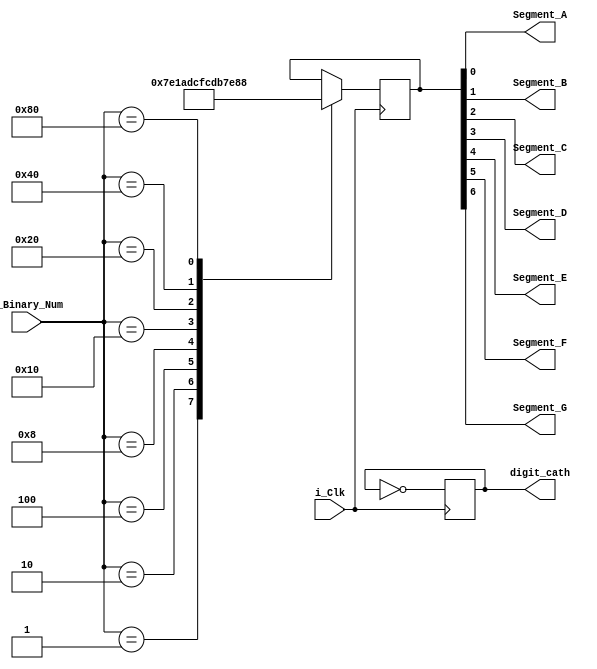
module Binary_To_7Segments
  (
   input       i_Clk,
   input [7:0] i_Binary_Num,
   output      Segment_A,
   output      Segment_B,
   output      Segment_C,
   output      Segment_D,
   output      Segment_E,
   output      Segment_F,
   output      Segment_G,
   output [0:0] digit_cath
   );
 
  reg [6:0]    Hex_Encoding = 7'h00;
   
  // Purpose: Creates a case statement for all possible input binary numbers.
  // Drives Hex_Encoding appropriately for each input combination.
  always @(posedge i_Clk)
    begin
      case (i_Binary_Num)
        8'b00000001 : Hex_Encoding <= 7'h3f;//0
        8'b00000010 : Hex_Encoding <= 7'h06;
        8'b00000100 : Hex_Encoding <= 7'h5b;
        8'b00001000 : Hex_Encoding <= 7'h4f;
        8'b00010000 : Hex_Encoding <= 7'h66;          
        8'b00100000 : Hex_Encoding <= 7'h6d;
        8'b01000000 : Hex_Encoding <= 7'h7d;
        8'b10000000 : Hex_Encoding <= 7'h07;
        // 8'b1000 : Hex_Encoding <= 7'h7f;//8
      endcase
    end 
    reg segcath_holdtime;
    always @ (posedge i_Clk)
    
    begin

    segcath_holdtime<=~segcath_holdtime;
    end 
    assign digit_cath={segcath_holdtime};

  // Hex_Encoding[7] is unused
  assign Segment_A = Hex_Encoding[0];
  assign Segment_B = Hex_Encoding[1];
  assign Segment_C = Hex_Encoding[2];
  assign Segment_D = Hex_Encoding[3];
  assign Segment_E = Hex_Encoding[4];
  assign Segment_F = Hex_Encoding[5];
  assign Segment_G = Hex_Encoding[6];
 
endmodule // Binary_To_7Segments